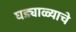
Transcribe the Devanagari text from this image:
घड्याळ्याचे